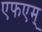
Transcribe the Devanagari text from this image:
एफएम्